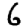
Digit: 6